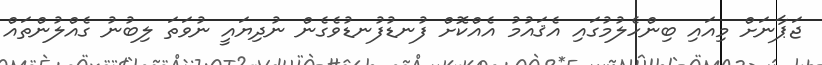
ޖަޕާނަށް މިއައި ބިންހެލުމުގައި އެޤައުމު އެއްކޮށް ފުނޑުފުނޑުވެގެން ނުދިޔައީ ނުވަތަ ލިބުނު ގެއްލުންތައް